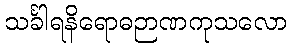
သင်္ခါရနိရောဓဉာဏကုသလော